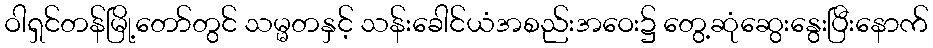
ဝါရှင်တန်မြို့တော်တွင် သမ္မတနှင့် သန်းခေါင်ယံအစည်းအဝေး၌ တွေ့ဆုံဆွေးနွေးပြီးနောက်